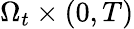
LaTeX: \Omega_{t}\times(0,T)